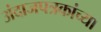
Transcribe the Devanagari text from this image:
अंदाजपत्रकांच्या